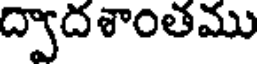
ద్వాదశాంతము